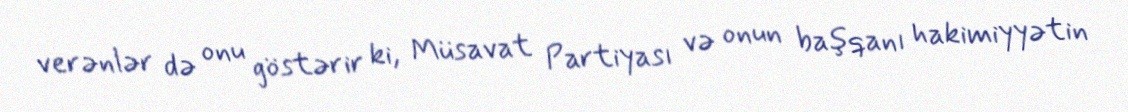
verənlər də onu göstərir ki, Müsavat Partiyası və onun başqanı hakimiyyətin